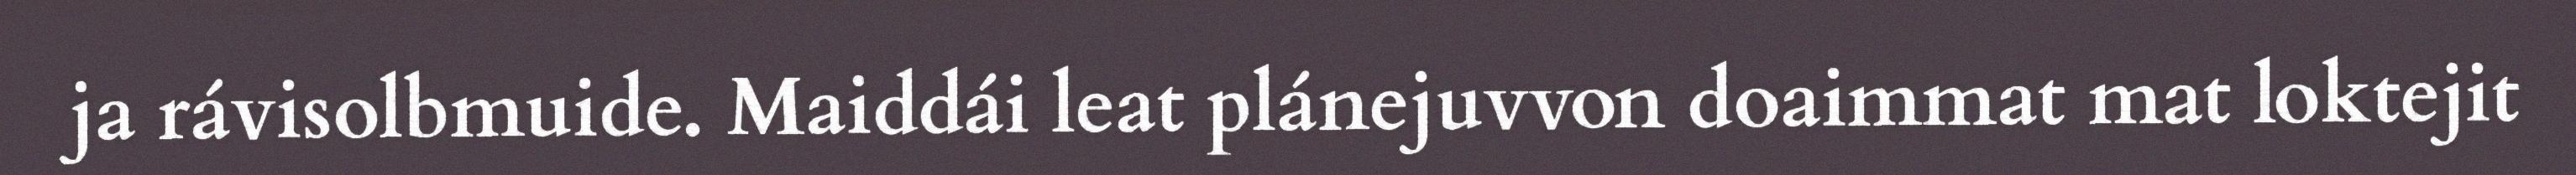
ja rávisolbmuide. Maiddái leat plánejuvvon doaimmat mat loktejit